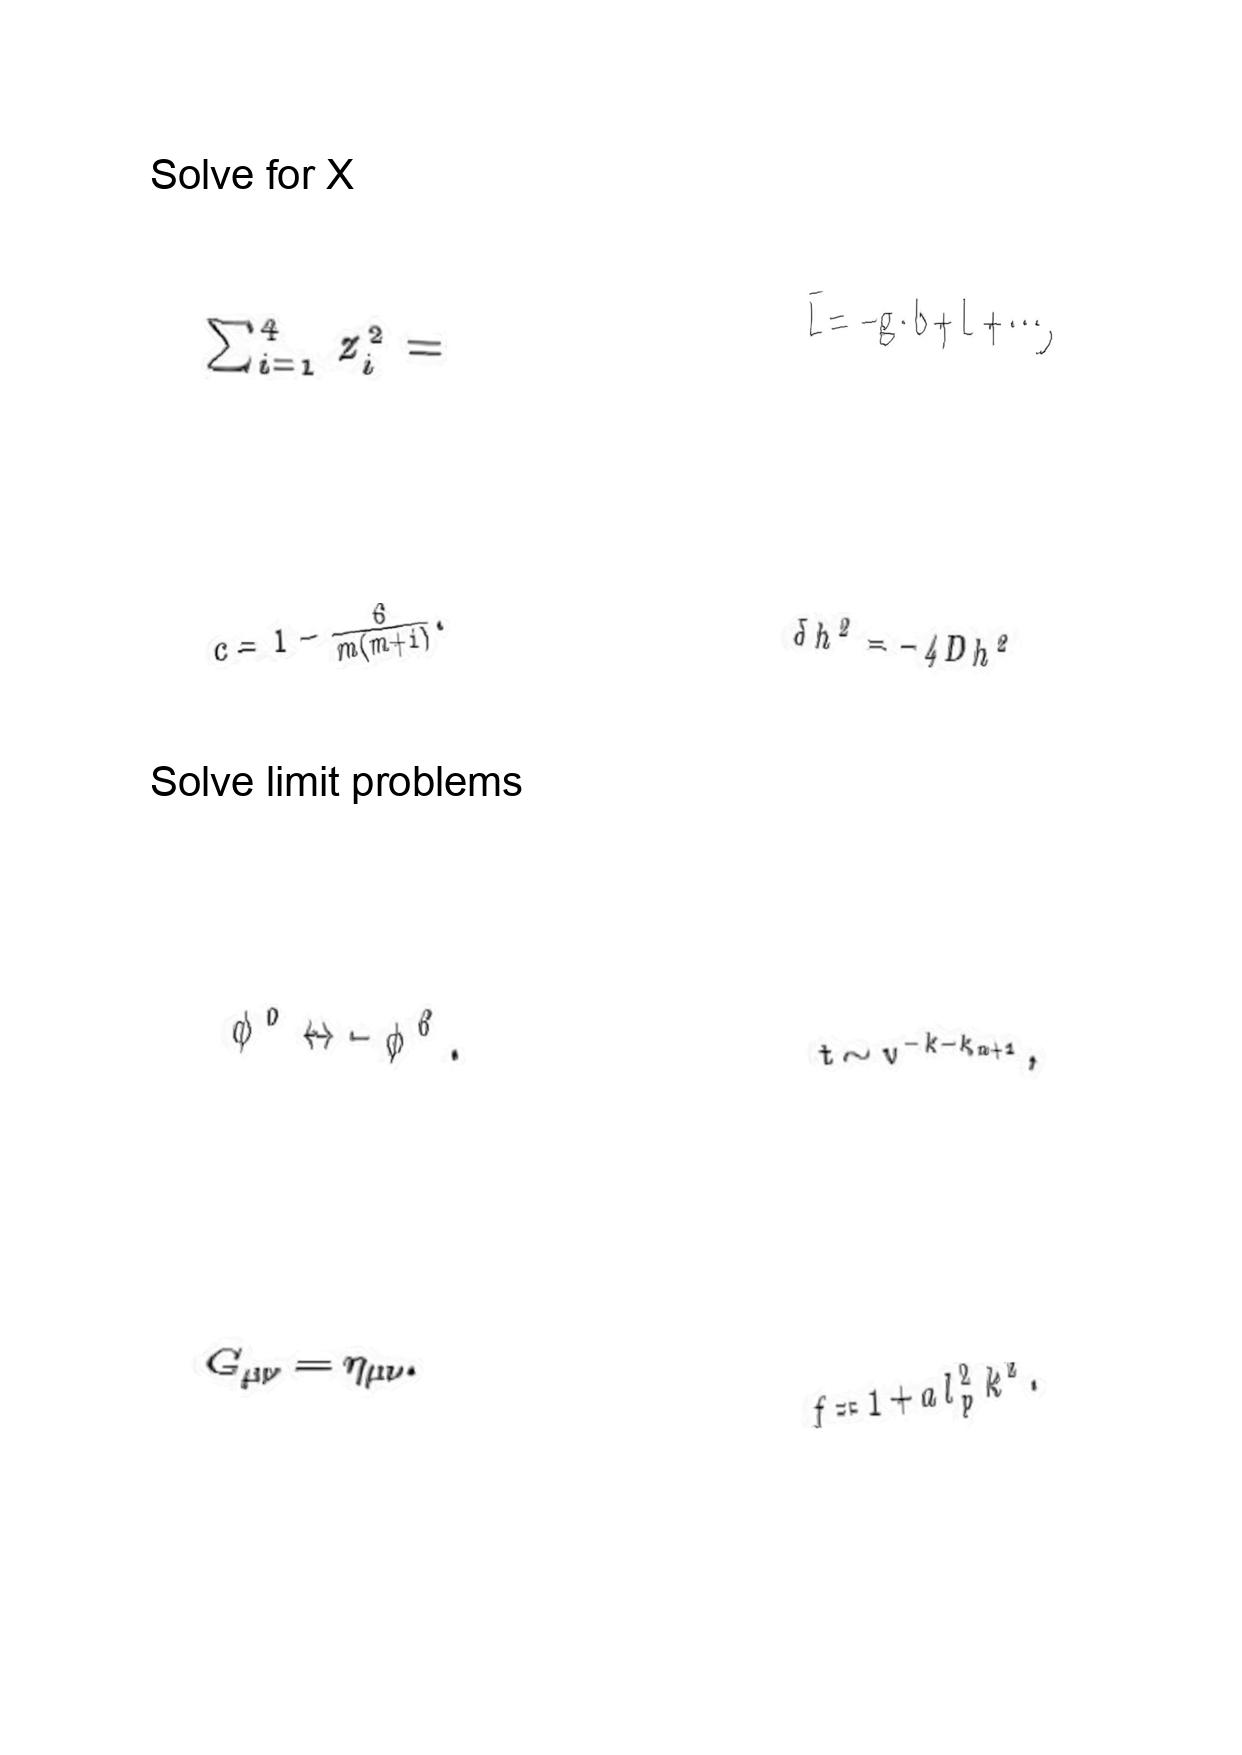
LaTeX transcription:
\sum _ { i = 1 } ^ { 4 } z _ { i } ^ { 2 } =
c = 1 - \frac { 6 } { m \lparen m + 1 \rparen } .
\phi ^ { 6 } \leftrightarrow - \phi ^ { 6 } .
G _ { \mu \nu } = \eta _ { \mu \nu } .
\bar { L } = - g \cdot b + L + \@cdots ,
\delta h ^ { 2 } = - 4 D h ^ { 2 }
t \sim v ^ { - k - k _ { \alpha + 1 } } ,
f = 1 + a l _ { p } ^ { 2 } k ^ { 2 } .